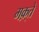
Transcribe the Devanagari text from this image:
मक़्ते